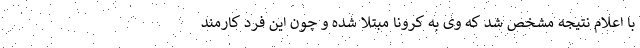
با اعلام نتیجه مشخص شد که وی به کرونا مبتلا شده و چون این فرد کارمند